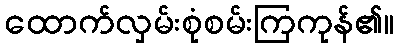
ထောက်လှမ်းစုံစမ်းကြကုန်၏။